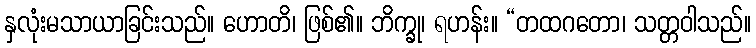
နှလုံးမသာယာခြင်းသည်။ ဟောတိ၊ ဖြစ်၏။ ဘိက္ခု၊ ရဟန်း။ “တထဂတော၊ သတ္တဝါသည်။